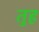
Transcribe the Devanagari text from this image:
तुह